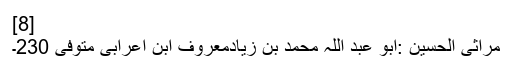
[8]
مراثی الحسین :ابو عبد اللہ محمد بن زیادمعروف ابن اعرابی متوفی 230۔